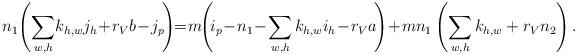
LaTeX: \begin{gather*}n_1\!\left(\sum_{w,h}\! k_{h,w}j_h\!+\!r_V b\!-\!j_p\!\right)\!\!=\!m\!\!\left(\!i_p\!-\!n_1\!-\!\sum_{w,h} k_{h,w}i_h \!-\!r_Va\!\right)\!+\!m n_1\left(\sum_{w,h} k_{h,w}+r_V n_2\right).\end{gather*}